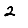
Digit: 2